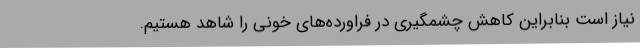
نیاز است بنابراین کاهش چشمگیری در فراورده‌های خونی را شاهد هستیم.